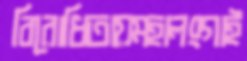
বিরোধিতায়মহালংগাই